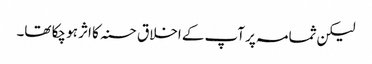
لیکن ثمامہ پر آپ کے اخلاق حسنہ کا اثر ہو چکا تھا۔